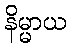
နိမ္မာယ